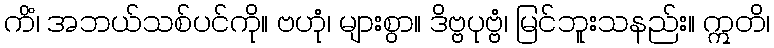
ကိံ၊ အဘယ်သစ်ပင်ကို။ ဗဟုံ၊ များစွာ။ ဒိဗ္ဗပုဗ္ဗံ၊ မြင်ဘူးသနည်း။ ဣတိ၊